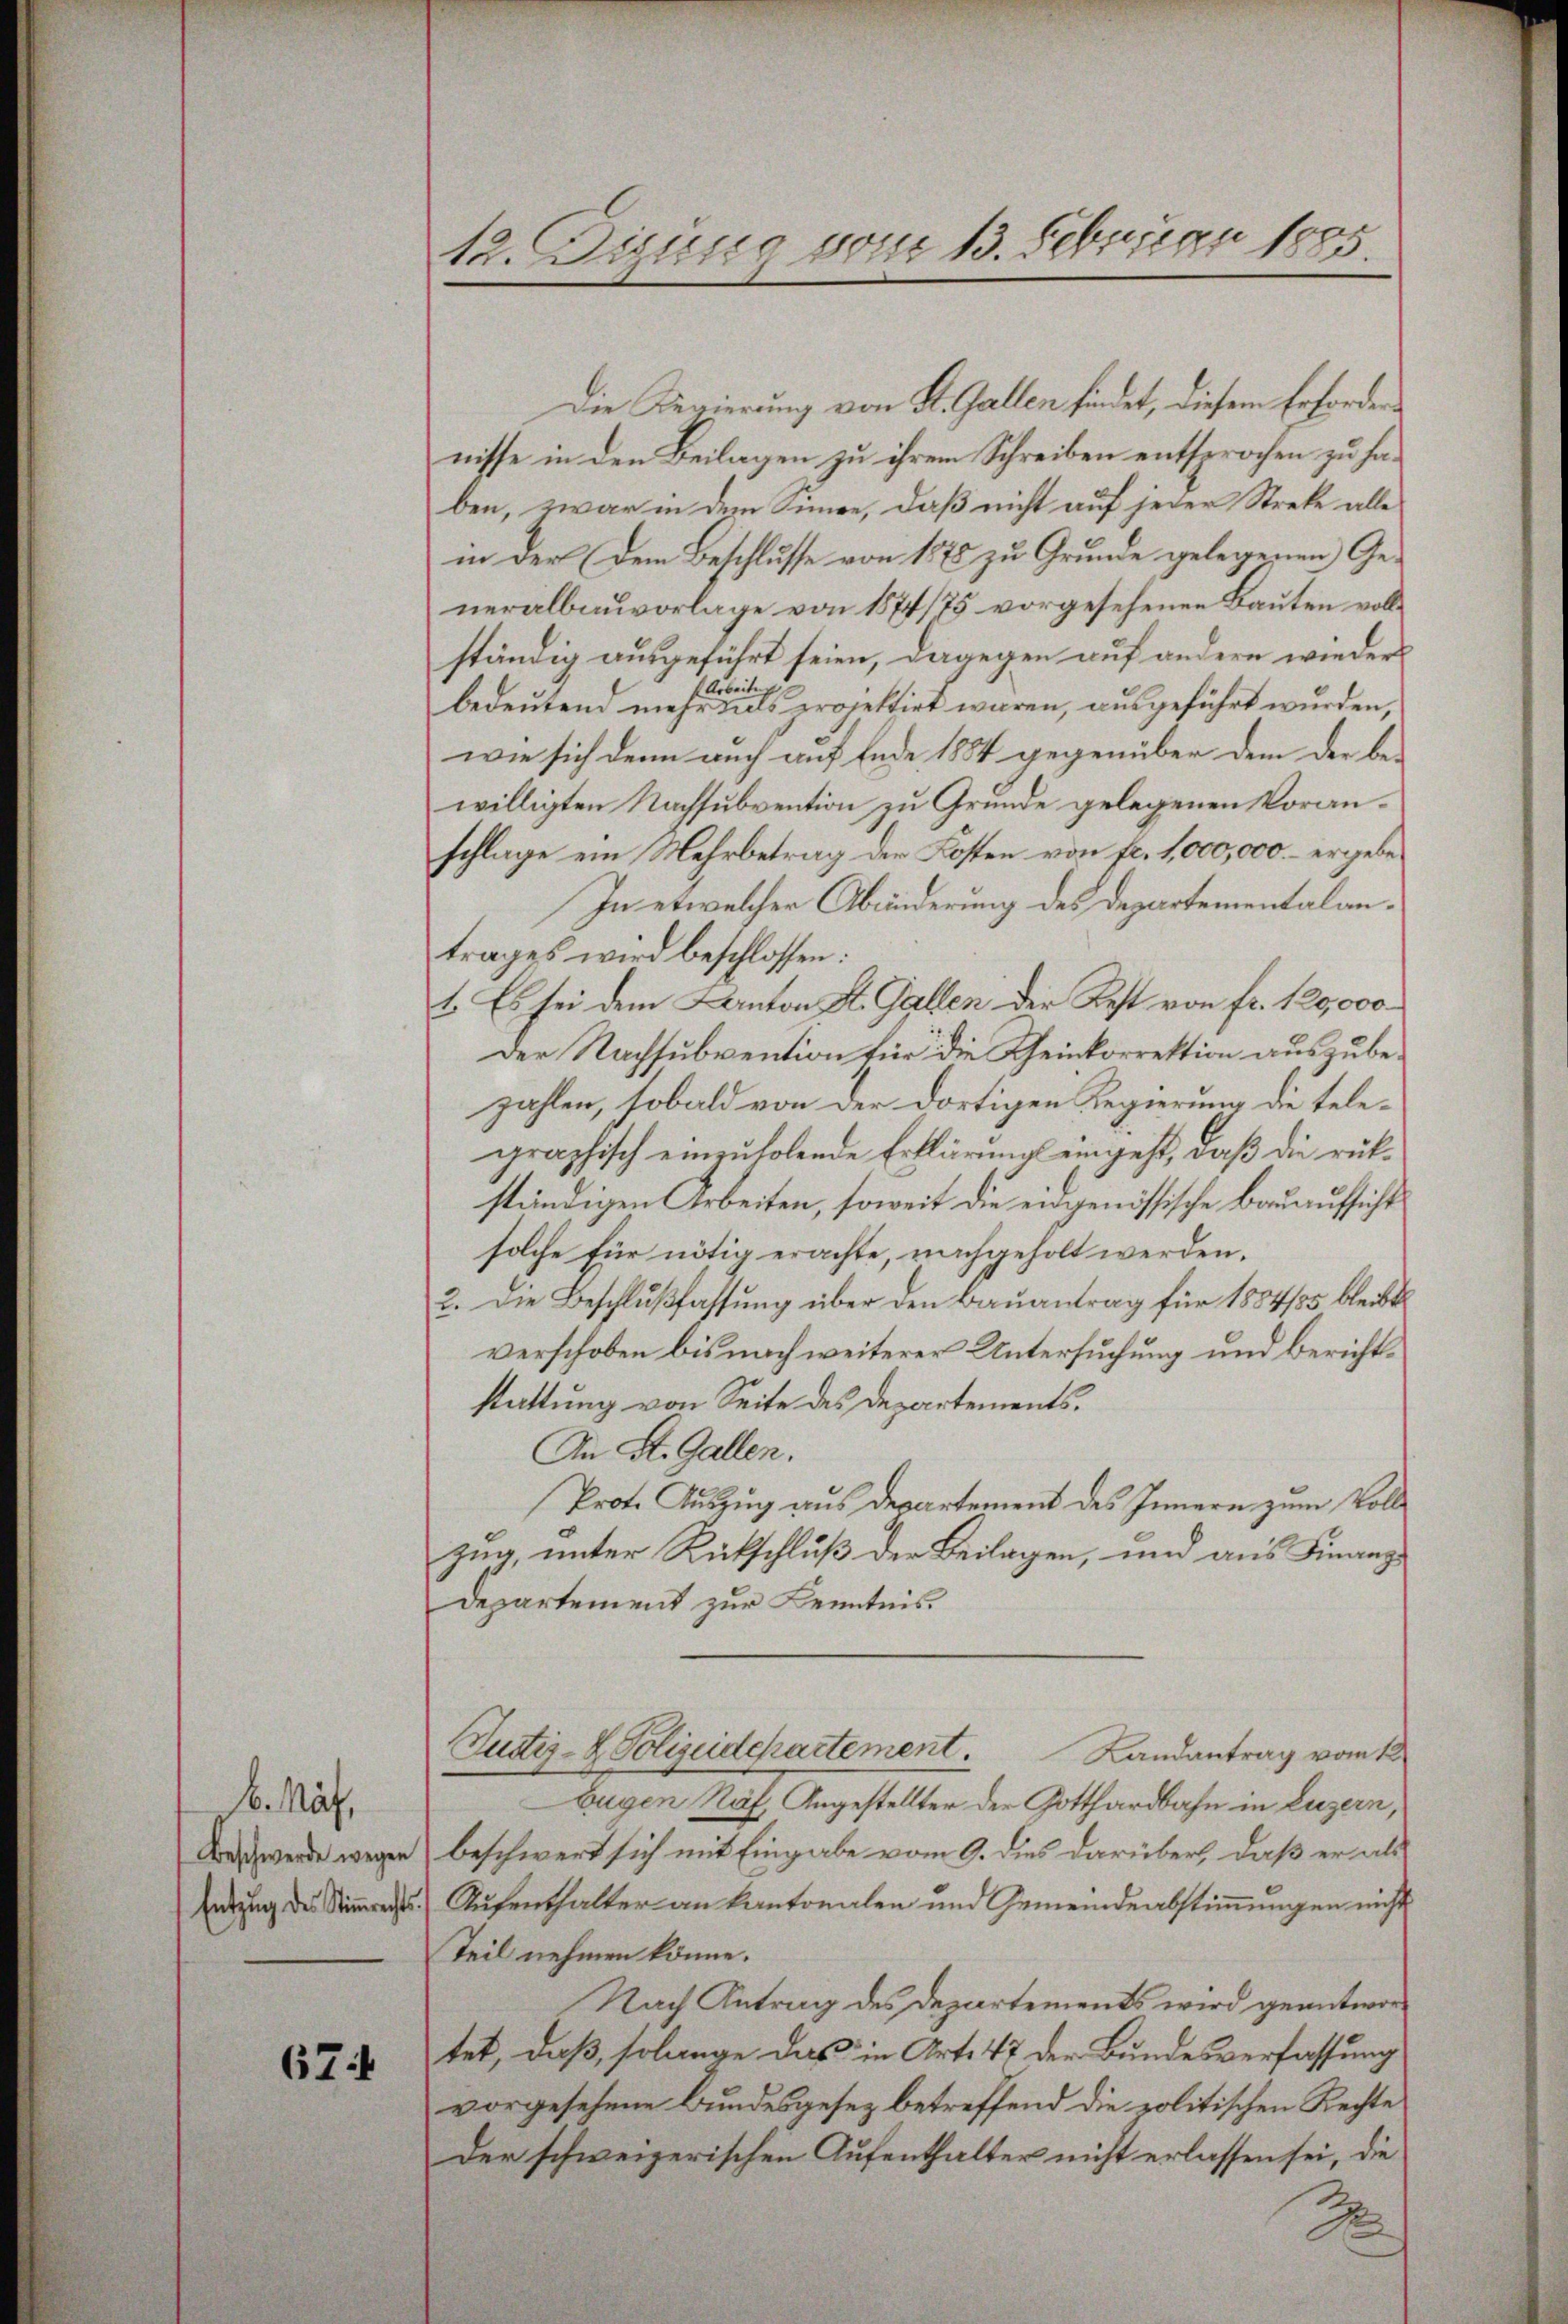
b. Mät.
Beschwerde wegen
Entzŭg des Stimmrecht

674

12. Dieuse vom 13. Februar 1885.

Die Regierung von St. Gallen findet, diesem Erfordernisse in den Beilagen zu ihrem Schreiben entsprochen zu haben, zwar in dem Sinne, daß nicht auf jeder Streke alle
in der dem Beschlusse von 1878 zu Grunde gelegenen Generalbauvorlage von 1874/75 vorgesehenen Bauten vollständig ausgeführt seien, dagegen auf andern wieder¬
Arbeiten |
bedeutend mehr das projektirt waren, ausgeführt wurden,
wie sich denn auch auf Ende 1854 gegenüber dem der bewilligten Nachsubvention zu Grunde gelegenen Voranschlage ein Mehrbetrag der Kosten von fr. 1,000,000. – ergebe¬
In etwelcher Abänderung des Departementalantrages wird beschlossen:
1. Es sei dem Kanton St. Gallen der Rest von fr. 120,000
Der Nachsubvention für die Geinkorrektion auszubezahlen, sobald von der dortigen Regierung die telegraphisch einzuholende Erklärung eingeht, daß die rükständigen Arbeiten, soweit die eingenössische Bauaufsicht
solche für nötig erachte, nachgeholt werden.
2. Die Beschlußfassung über den Bauantrag für 1884/85 bleibt
verschoben bis nach weiterer Untersuchung und Berichtstattung von Seite des Departements.
An St. Gallen.
Prot. Auszug aus Departement des Innern zum Vollzug unter Rückschluß der Beilagen, und aus Finanz
Departement zur Kenntnis.
Justiz-Polizeidepartement.
Landantrag vom k.
Eugen Näf, Angestellter der Gotthardbahn in Luzern,
beschwert sich mit Eingabe vom 9. dies darüber, daß er als
Aufenthalter an kantonalen und Gemeindeabstimmungen nichts
Teil nehmen könne.
Nach Antrag des Departements wird geantwortet, daß, solange das in Art. 47 der Bundesverfassung
vorgesehene Bundesgesez betreffend die politischen Rechte
Der schweizerischen Aufenthalter nicht erlassen sei, die
2